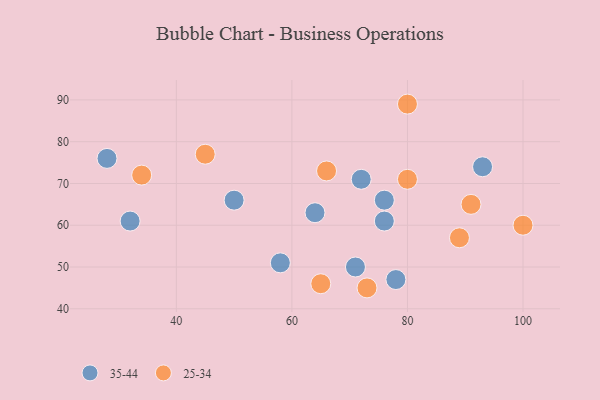
{"axis": {"x": "GDP", "y": "Life Expectancy"}, "legend": ["25-34", "35-44"], "data": [{"x": "32", "y": 61, "type": "35-44"}, {"x": "93", "y": 74, "type": "35-44"}, {"x": "71", "y": 50, "type": "35-44"}, {"x": "76", "y": 66, "type": "35-44"}, {"x": "50", "y": 66, "type": "35-44"}, {"x": "58", "y": 51, "type": "35-44"}, {"x": "64", "y": 63, "type": "35-44"}, {"x": "78", "y": 47, "type": "35-44"}, {"x": "72", "y": 71, "type": "35-44"}, {"x": "28", "y": 76, "type": "35-44"}, {"x": "76", "y": 61, "type": "35-44"}, {"x": "66", "y": 73, "type": "25-34"}, {"x": "89", "y": 57, "type": "25-34"}, {"x": "100", "y": 60, "type": "25-34"}, {"x": "34", "y": 72, "type": "25-34"}, {"x": "73", "y": 45, "type": "25-34"}, {"x": "80", "y": 71, "type": "25-34"}, {"x": "80", "y": 89, "type": "25-34"}, {"x": "91", "y": 65, "type": "25-34"}, {"x": "65", "y": 46, "type": "25-34"}, {"x": "45", "y": 77, "type": "25-34"}]}